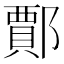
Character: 𨞝